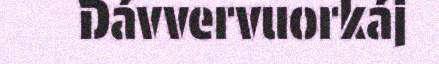
Dávvervuorkáj